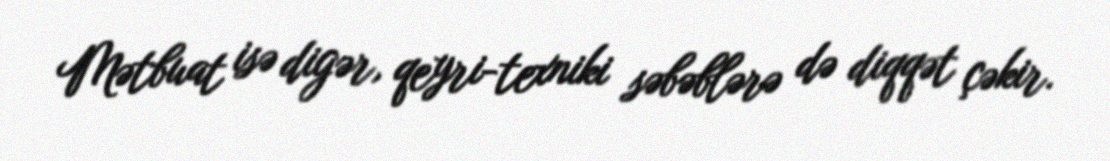
Mətbuat isə digər, qeyri-texniki səbəblərə də diqqət çəkir.